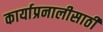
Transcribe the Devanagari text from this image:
कार्याप्रनालीसाठी